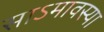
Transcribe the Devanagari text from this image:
साऽमावस्या